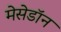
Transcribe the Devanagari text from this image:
मेसेडॉन